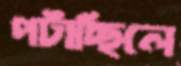
পটাচ্ছিলে